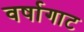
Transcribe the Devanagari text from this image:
वर्षागाट